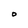
Character: O